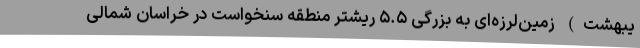
یبهشت) زمین‌لرزه‌ای به بزرگی ۵.۵ ریشتر منطقه سنخواست در خراسان شمالی